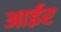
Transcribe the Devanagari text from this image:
आईर